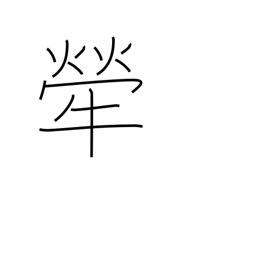
Meaning: brindled cow